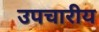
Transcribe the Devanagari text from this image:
उपचारीय